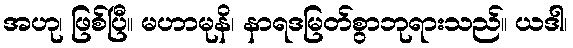
အဟု၊ ဖြစ်ပြီ။ မဟာမုနိ၊ နာရဒမြတ်စွာဘုရားသည်။ ယဒါ၊